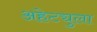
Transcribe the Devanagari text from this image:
अहेट्युला